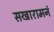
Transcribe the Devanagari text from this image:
सखारामनं